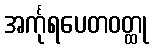
အင်္ကုရပေတဝတ္ထု